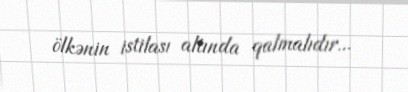
ölkənin istilası altında qalmalıdır...